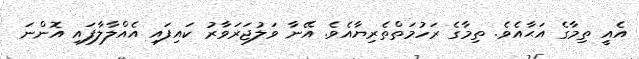
އެއީ ތިމާގެ އަޙާއެވެ. ތިމާގެ ރަހުމަތްތެރިޔާއެވެ. އޭނާ ވަލުޖަރަވާރު ކައިފައި އެއްލާލާފައި އޮންނަ